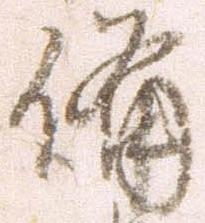
備